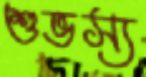
শুভস্য